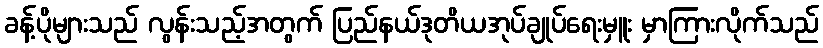
ခန့်ပိုများသည် လွန်းသည့်အတွက် ပြည်နယ်ဒုတိယအုပ်ချုပ်ရေးမှူး မှာကြားလိုက်သည်